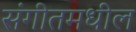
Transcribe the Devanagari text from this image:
संगीतमधील